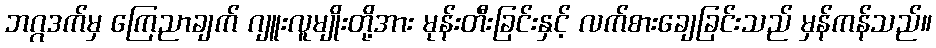
ဘဂ္ဂဒက်မှ ကြေညာချက် ဂျူးလူမျိုးတို့အား မုန်းတီးခြင်းနှင့် လက်စားချေခြင်းသည် မှန်ကန်သည်။